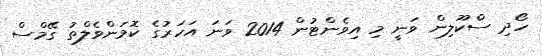
ހޯދި ސްކޫލިން ވަނީ މި އިވެންޓުން 2014 ވަނަ އަހަރުގެ ކޮމަންވެލްތު ގޭމްސް